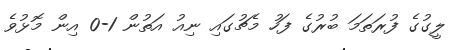
ލީގުގެ ފުރަތަމަ ބުރުގެ ފަހު މެޗުގައި ނިއު އަތުން 1-0 އިން މޮޅުވެ